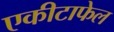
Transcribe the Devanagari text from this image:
एकीटाफेल